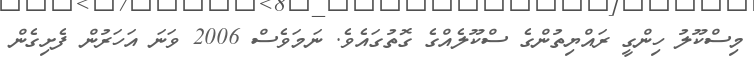
މިސްކޫލު ހިންގީ ރައްޔިތުންގެ ސްކޫލެއްގެ ގޮތުގައެވެ. ނަމަވެސް 2006 ވަނަ އަހަރުން ފެށިގެން